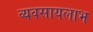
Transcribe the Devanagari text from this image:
व्यवसायलाभ